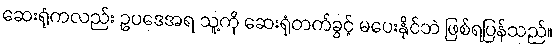
ဆေးရုံကလည်း ဥပဒေအရ သူ့ကို ဆေးရုံတက်ခွင့် မပေးနိုင်ဘဲ ဖြစ်ရပြန်သည်။